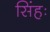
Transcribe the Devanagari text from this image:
सिंहः